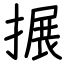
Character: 搌